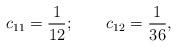
LaTeX: \begin{align*}c_{11}=\frac 1{12};\qquad c_{12}=\frac 1{36},\end{align*}